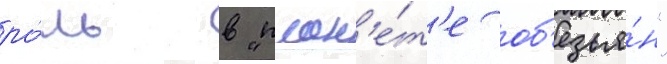
ро́ль в "план'е́т'е об'езья́н"